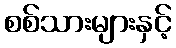
စစ်သားများနှင့်